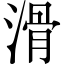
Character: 滑